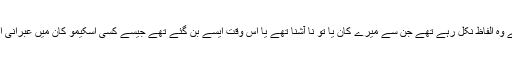
اس کی زبان سے وہ الفاظ نکل رہے تھے جن سے میرے کان یا تو نا آشنا تھے یا اس وقت ایسے بن گئے تھے جیسے کسی اسکیمو کان میں عبرانی انڈیلی جا رہی ہو۔